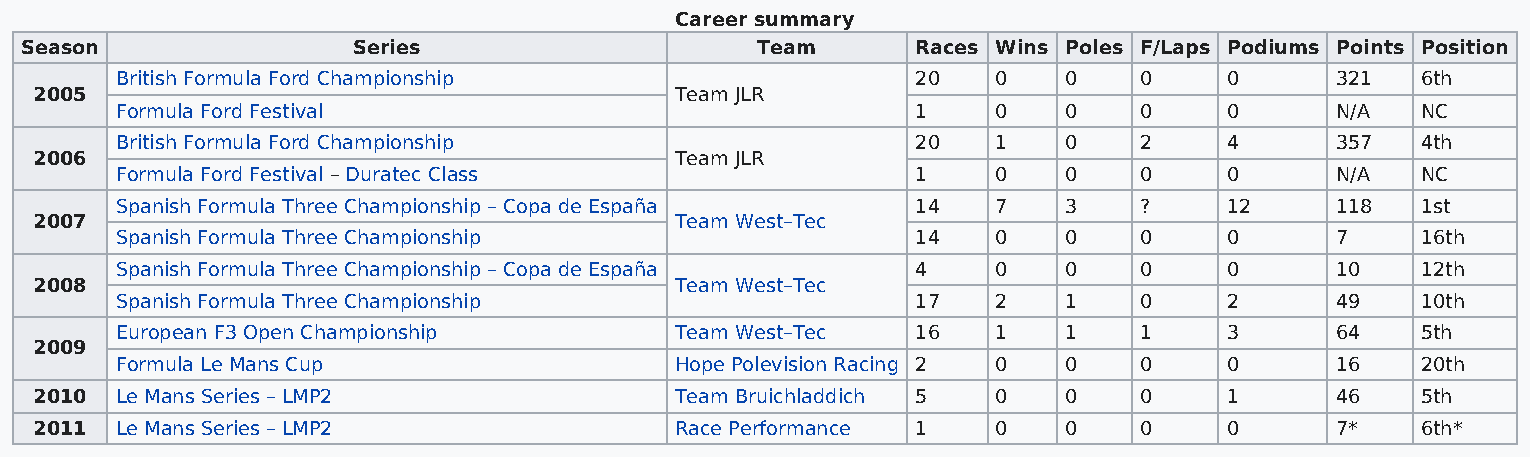
Career summary
 Season                Series                     Team       Races Wins Poles F/Laps Podiums Points Position
 British Formula Ford Championship                    20   0   0    0     0      321   6th
 2005                                       Team JLR
 Formula Ford Festival                                1    0   0    0     0      N/A   NC
 British Formula Ford Championship                    20   1   0    2     4      357   4th
 2006                                       Team JLR
 Formula Ford Festival – Duratec Class                1    0   0    0     0      N/A   NC
 Spanish Formula Three Championship – Copa de España  14   7   3    ?     12     118   1st
 2007                                       Team West–Tec
 Spanish Formula Three Championship                   14   0   0    0     0      7     16th
 Spanish Formula Three Championship – Copa de España  4    0   0    0     0      10    12th
 2008                                       Team West–Tec
 Spanish Formula Three Championship                   17   2   1    0     2      49    10th
 European F3 Open Championship        Team West–Tec   16   1   1    1     3      64    5th
 2009
 Formula Le Mans Cup                  Hope Polevision Racing 2 0 0  0     0      16    20th
 2010  Le Mans Series – LMP2                Team Bruichladdich 5 0   0    0     1      46    5th
 2011  Le Mans Series – LMP2                Race Performance 1   0   0    0     0      7*    6th*